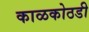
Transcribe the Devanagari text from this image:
काळकोठडी